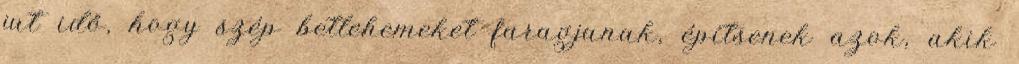
jut idő, hogy szép betlehemeket faragjanak, építsenek azok, akik